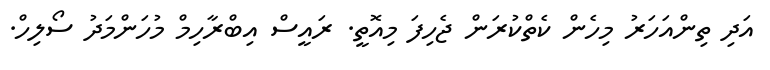
އަދި ތިންއަހަރު މިހެން ކެތްކުރަން ޖެހިފަ މިއޮތީ. ރައީސް އިބްރާހިމް މުހަންމަދު ސޯލިހް.